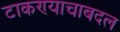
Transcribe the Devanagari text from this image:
टाकण्याचाबदल